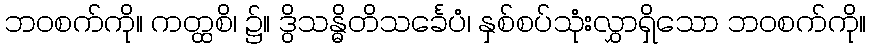
ဘဝစက်ကို။ ကတ္ထစိ၊ ၌။ ဒွိသန္ဓိတိသင်္ခေပံ၊ နှစ်စပ်သုံးလွှာရှိသော ဘဝစက်ကို။